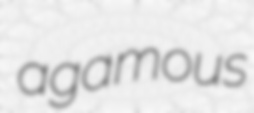
agamous